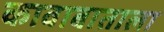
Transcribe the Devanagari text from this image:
कावाबाताला